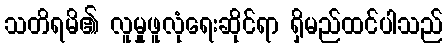
သတိရမိ၏ လူမှုဖူလုံရေးဆိုင်ရာ ရှိမည်ထင်ပါသည်